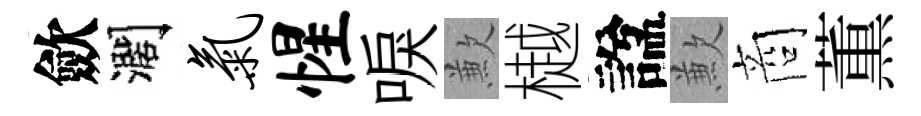
歛濶气惺唳歉樾諡歉商薫